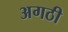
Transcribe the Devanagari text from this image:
अगठी